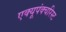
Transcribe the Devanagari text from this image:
एक्यूपंक्चरिस्ट